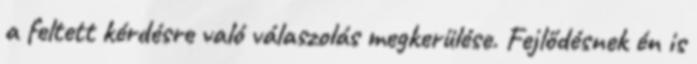
a feltett kérdésre való válaszolás megkerülése. Fejlődésnek én is